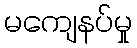
မကျေနပ်မှု